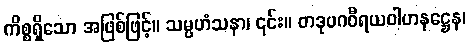
ကိစ္စရှိသော အဖြစ်ဖြင့်။ သမ္ပဟံသနာ၊ ၎င်း။ တဒုပဂဝီရယဝါဟနဋ္ဌေန၊